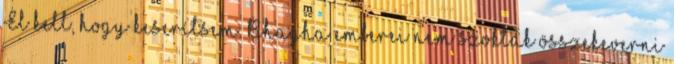
El kell, hogy keserítsem. Bhagha emberei nem szoktak összekeverni